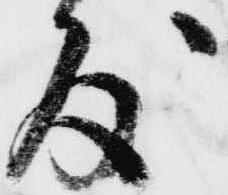
度